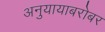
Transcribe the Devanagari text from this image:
अनुयायाबरोबर